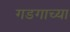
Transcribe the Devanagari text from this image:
गडगाच्या